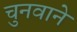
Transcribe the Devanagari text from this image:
चुनवाने